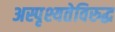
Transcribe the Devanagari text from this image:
अस्पृश्यतेविरुद्ध